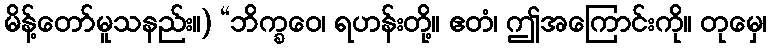
မိန့်တော်မူသနည်း။) “ဘိက္ခဝေ၊ ရဟန်းတို့။ ဧတံ၊ ဤအကြောင်းကို။ တုမှေ၊